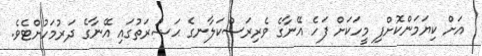
އަށް ކިޔަމަންކޮށްފި މީހަކަށް ފަހެ އޭނާގެ ވެރިރަސްކަލާނގެ ޙަޟުރަތުގައި އޭނާގެ ދަރުމަހުށްޓެވެ.